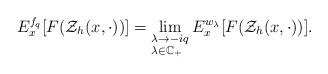
LaTeX: \begin{align*}E_{x}^{f_{q}} [F(\mathcal Z_h(x,\cdot))]=\lim_{\begin{subarray}{1} \lambda\to -iq \\ \lambda\in \mathbb C_+\end{subarray}}E_{x}^{w_{\lambda}} [F(\mathcal Z_h(x,\cdot))].\end{align*}